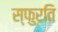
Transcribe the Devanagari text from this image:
स्फुरति